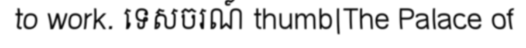
to work. ទេសចរណ៍ thumb|The Palace of